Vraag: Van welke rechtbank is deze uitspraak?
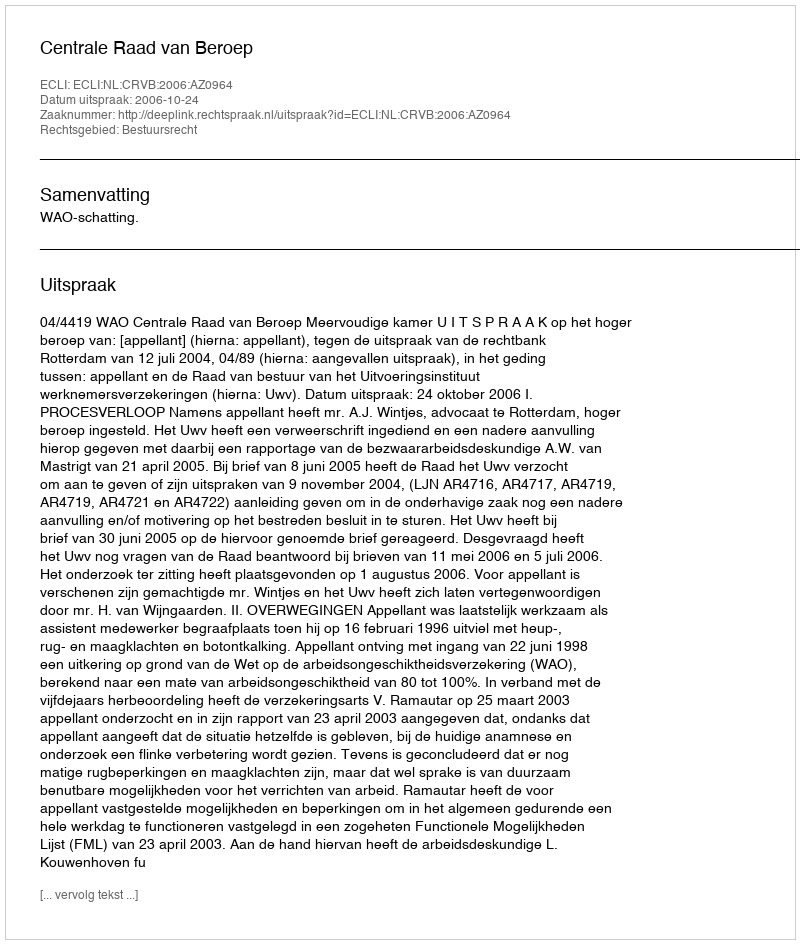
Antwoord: Centrale Raad van Beroep